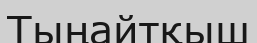
Тыңайтқыш